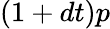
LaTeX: (1+dt)p